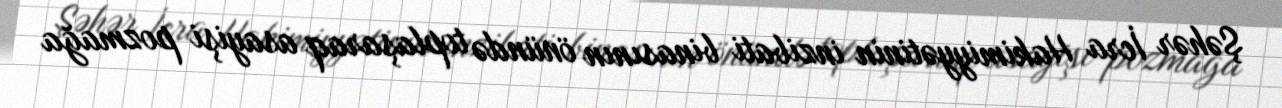
Şəhər İcra Hakimiyyətinin inzibati binasının önündə toplaşaraq asayişi pozmağa